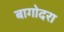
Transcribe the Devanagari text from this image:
बागोदरा